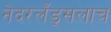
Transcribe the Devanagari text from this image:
नेदरलँड्सलाच